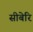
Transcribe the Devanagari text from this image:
सीबेरि